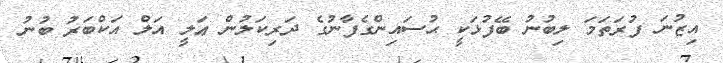
އިޒުނަ ފުރަތަމަ ލިބުނު ބޭފުޅަކީ ޙުސައިންގެފާނުގެ ދަރިކަލުން ޢަލީ އަލް އަކްބަރު ބުނު